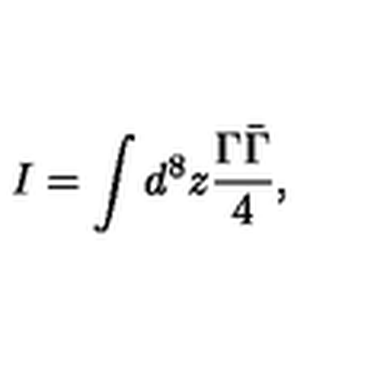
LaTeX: I = \int d ^ { 8 } z \frac { \Gamma \bar { \Gamma } } { 4 } ,